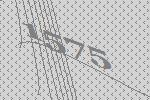
1575